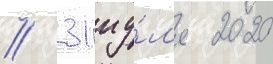
// 31 иу́л'я 2020